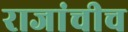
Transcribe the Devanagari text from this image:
राजांचीच